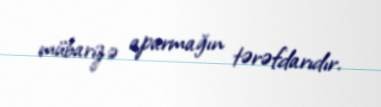
mübarizə aparmağın tərəfdarıdır.